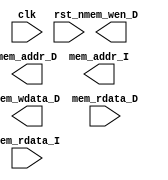
// Your code
module CHIP(clk,
            rst_n,
            // For mem_D
            mem_wen_D,
            mem_addr_D,
            mem_wdata_D,
            mem_rdata_D,
            // For mem_I
            mem_addr_I,
            mem_rdata_I);

    input         clk, rst_n ;
    // For mem_D
    output        mem_wen_D  ;
    output [31:0] mem_addr_D ;
    output [31:0] mem_wdata_D;
    input  [31:0] mem_rdata_D;
    // For mem_I
    output [31:0] mem_addr_I ;
    input  [31:0] mem_rdata_I;
    
    //---------------------------------------//
    // Do not modify this part!!!            //
    // Exception: You may change wire to reg //
    reg    [31:0] PC          ;              //
    wire   [31:0] PC_nxt      ;              //
    wire          regWrite    ;              //
    wire   [ 4:0] rs1, rs2, rd;              //
    wire   [31:0] rs1_data    ;              //
    wire   [31:0] rs2_data    ;              //
    wire   [31:0] rd_data     ;              //
    //---------------------------------------//

    // Todo: other wire/reg

    //---------------------------------------//
    // Do not modify this part!!!            //
    reg_file reg0(                           //
        .clk(clk),                           //
        .rst_n(rst_n),                       //
        .wen(regWrite),                      //
        .a1(rs1),                            //
        .a2(rs2),                            //
        .aw(rd),                             //
        .d(rd_data),                         //
        .q1(rs1_data),                       //
        .q2(rs2_data));                      //
    //---------------------------------------//

    // Todo: any combinational/sequential circuit

    always @(posedge clk or negedge rst_n) begin
        if (!rst_n) begin
            PC <= 32'h00010000; // Do not modify this value!!!
            
        end
        else begin
            PC <= PC_nxt;
            
        end
    end
endmodule

module reg_file(clk, rst_n, wen, a1, a2, aw, d, q1, q2);

    parameter BITS = 32;
    parameter word_depth = 32;
    parameter addr_width = 5; // 2^addr_width >= word_depth

    input clk, rst_n, wen; // wen: 0:read | 1:write
    input [BITS-1:0] d;
    input [addr_width-1:0] a1, a2, aw;

    output [BITS-1:0] q1, q2;

    reg [BITS-1:0] mem [0:word_depth-1];
    reg [BITS-1:0] mem_nxt [0:word_depth-1];

    integer i;

    assign q1 = mem[a1];
    assign q2 = mem[a2];

    always @(*) begin
        for (i=0; i<word_depth; i=i+1)
            mem_nxt[i] = (wen && (aw == i)) ? d : mem[i];
    end

    always @(posedge clk or negedge rst_n) begin
        if (!rst_n) begin
            mem[0] <= 0;
            for (i=1; i<word_depth; i=i+1) begin
                case(i)
                    32'd2: mem[i] <= 32'hbffffff0;
                    32'd3: mem[i] <= 32'h10008000;
                    default: mem[i] <= 32'h0;
                endcase
            end
        end
        else begin
            mem[0] <= 0;
            for (i=1; i<word_depth; i=i+1)
                mem[i] <= mem_nxt[i];
        end
    end
endmodule



module mulDiv(clk, rst_n, valid, ready, mode, in_A, in_B, out);
    // Todo: your HW2
    input         clk, rst_n;
    input         valid;
    input  [3:0]  mode; // mode: 1111: mulu, 1110: divu, 1100: and, 1010: or
    output        ready;
    input  [31:0] in_A, in_B;
    output [63:0] out;

    // Definition of states
    localparam IDLE = 3'd0;
    localparam MUL  = 3'd1;
    localparam DIV  = 3'd2;
    localparam AND = 3'd3;
    localparam OR = 3'd4;
    localparam OUT  = 3'd5;

    // Todo: Wire and reg if needed
    reg  [ 2:0] state, state_nxt;
    reg  [ 4:0] counter, counter_nxt;
    reg  [63:0] shreg, shreg_nxt;
    reg  [31:0] alu_in, alu_in_nxt;
    reg  [32:0] alu_out;

    // Todo: Instatiate any primitives if needed

    // Todo 5: Wire assignments
    assign out = shreg;
    assign ready = (state == OUT);
    // Combinational always block
    // Todo 1: Next-state logic of state machine
    always @(*) begin
        case(state)
            IDLE: begin
                if (valid) begin
                    case (mode)
                        4'b1111 : state_nxt = MUL;
                        4'b1110 : state_nxt = DIV;
                        4'b1100 : state_nxt = AND;
                        4'b1010 : state_nxt = OR;
                        default:state_nxt = IDLE;
                    endcase
                end
                else state_nxt = IDLE;
            end
            MUL : state_nxt = (counter == 5'd31) ? OUT : MUL;
            DIV : state_nxt = (counter == 5'd31) ? OUT : DIV;
            AND : state_nxt = OUT;
            OR  : state_nxt = OUT;
            OUT : state_nxt = IDLE;
            default : state_nxt = IDLE;
        endcase
    end
    // Todo 2: Counter
    always @(posedge clk) begin
        case(state)
            MUL:  if (counter < 5'd31) counter_nxt = counter + 5'd1;
            DIV:  if (counter < 5'd31) counter_nxt = counter + 5'd1;
        default : counter_nxt = 5'd0;
        endcase
        counter = counter_nxt;
    end
    // ALU input
    always @(*) begin
        case(state)
            IDLE: begin
                if (valid) alu_in_nxt = in_B;
                else       alu_in_nxt = 0;
            end
            OUT : alu_in_nxt = 0;
            default: alu_in_nxt = alu_in;
        endcase
    end

    // Todo 3: ALU output
    always @(*) begin
        case (state)
            MUL: begin 
                if (shreg[0]) alu_out = shreg[63:32] + alu_in;
                else    alu_out = shreg[63:32];
            end
            DIV: alu_out = (shreg[63:32] > alu_in) ? (shreg[63:32] - alu_in):(shreg[63:32]);
            AND: alu_out = shreg[31:0] & alu_in;
            OR: alu_out = shreg[31:0] | alu_in;
            default: alu_out = shreg[63:32];
        endcase
    end
    // Todo 4: Shift register
    always @(*) begin
        case (state)
            MUL: begin
                shreg_nxt[63:31] = alu_out;
                shreg_nxt[30:0] = shreg[31:1];
            end
            AND:begin
                shreg_nxt[63:33] = 0;
                shreg_nxt[32:0] = alu_out;
            end
            OR:begin
                shreg_nxt[63:33] = 0;
                shreg_nxt[32:0] = alu_out;
            end
            DIV:begin
                if (counter ==  5'd31) begin
                    shreg_nxt[63] = 0;
                    shreg_nxt[62:32] = alu_out[30:0];
                    shreg_nxt[31:1] = shreg[30:0];
                    shreg_nxt[0] = (shreg[63:32] > alu_in);
                end
                else begin
                    shreg_nxt[63:33] = alu_out[30:0];
                    shreg_nxt[32:1] = shreg[31:0];
                    shreg_nxt[0] = (shreg[63:32] > alu_in);
                end
            end 
            IDLE: begin
                if (valid) begin
                    case (mode)
                        4'b1111 :begin 
                            shreg_nxt[31:0] = in_A;//state_nxt = MUL
                            shreg_nxt[63:32] = 0;
                        end
                        4'b1110 :begin 
                            shreg_nxt[0] = 0;
                            shreg_nxt[32:1] = in_A;//state_nxt = DIV
                            shreg_nxt[63:33] = 0;
                        end
                        4'b1100 :begin 
                            shreg_nxt[31:0] = in_A;//state_nxt = AND
                            shreg_nxt[63:32] = 0;
                        end
                        4'b1010 :begin 
                            shreg_nxt[31:0] = in_A;//state_nxt = OR
                            shreg_nxt[63:32] = 0;
                        end
                        default shreg_nxt[63:0] = shreg[63:0];
                    endcase
                end
                else shreg_nxt[63:0] = 0;
            end
            default: shreg_nxt[63:0] = shreg[63:0];
        endcase
    end
    // Todo: Sequential always block
    always @(posedge clk or negedge rst_n) begin
        if (!rst_n) begin
            state <= IDLE;
        end
        else begin
            alu_in <= alu_in_nxt;
            shreg[63:0] <= shreg_nxt[63:0];
            state <= state_nxt;

        end
    end
endmodule

module ALU (inA, inB, shift_amount, alu_out, zero, control); 
	input [31:0] inA, inB;
	output [31:0] alu_out;
	output zero;
	reg zero;
	reg [31:0] alu_out;
	input [3:0] control;
    input [4:0] shift_amount;
	always @ (*) begin
        
        case (control) // instruction[30, 14-12]
            //add
            4'b0000:begin  
                alu_out <= inA + inB; 
                zero <= 1'b0;
            end
            // sub and beq
            4'b1000:begin 
                alu_out <= inA - inB;  // sub
                zero <= (inA == inB) ? 1: 0;  // check if inA and inB are equal
            end
            // slti
            4'b0010: begin
                alu_out <= ($signed(inA) < $signed(inB)) ? 32'b1: 32'b0;
                zero <= 0;
            end
            // slli
            4'b0001: begin
                alu_out <= inA << shift_amount;
                zero <= 1'b0;
            end
            // srli
            4'b0101: begin
                alu_out <= inA >> shift_amount;
                zero <= 1'b0;
            end
            default:begin 
                alu_out <= 32'b0; 
                zero <= 1'b0;
            end
        endcase
	end
endmodule